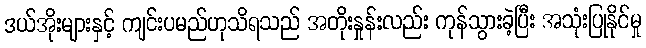
ဒယ်အိုးများနှင့် ကျင်းပမည်ဟုသိရသည် အတိုးနှုန်းလည်း ကုန်သွားခဲ့ပြီး အသုံးပြုနိုင်မှု